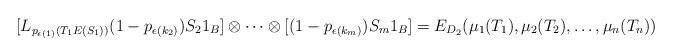
LaTeX: \begin{align*}[L_{p_{\epsilon(1)}\left(T_1E(S_1)\right)}(1-p_{\epsilon(k_{2})}) S_2 1_B] \otimes \cdots \otimes [(1-p_{\epsilon(k_{m})}) S_m1_B] = E_{D_2}(\mu_1(T_1), \mu_2(T_2),\ldots, \mu_n(T_n))\end{align*}